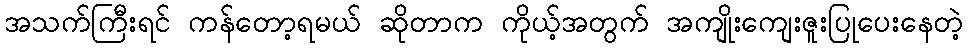
အသက်ကြီးရင် ကန်တော့ရမယ် ဆိုတာက ကိုယ့်အတွက် အကျိုးကျေးဇူးပြုပေးနေတဲ့